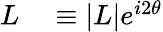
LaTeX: \begin{array}{rl}{L}&{{}\equiv|L|e^{i2\theta}}\end{array}